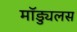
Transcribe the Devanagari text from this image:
मॉड्युलस